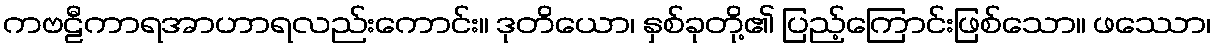
ကဗဠီကာရအာဟာရလည်းကောင်း။ ဒုတိယော၊ နှစ်ခုတို့၏ ပြည့်ကြောင်းဖြစ်သော။ ဖဿော၊